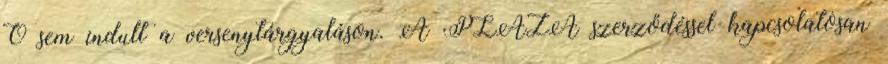
Ő sem indult a versenytárgyaláson. A PLAZA szerződéssel kapcsolatosan